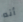
أنه